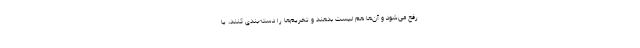
رفع می‌شود و آن‌ها هم لیست بدهند و تحریم‌ها را دسته‌بندی کنند، یا